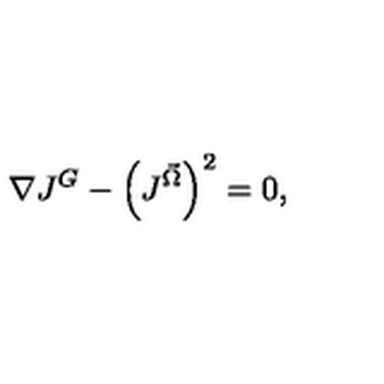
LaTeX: \nabla J ^ { G } - \left( J ^ { \vec { \Omega } } \right) ^ { 2 } = 0 ,